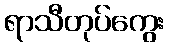
ရာသီတုပ်ကွေး